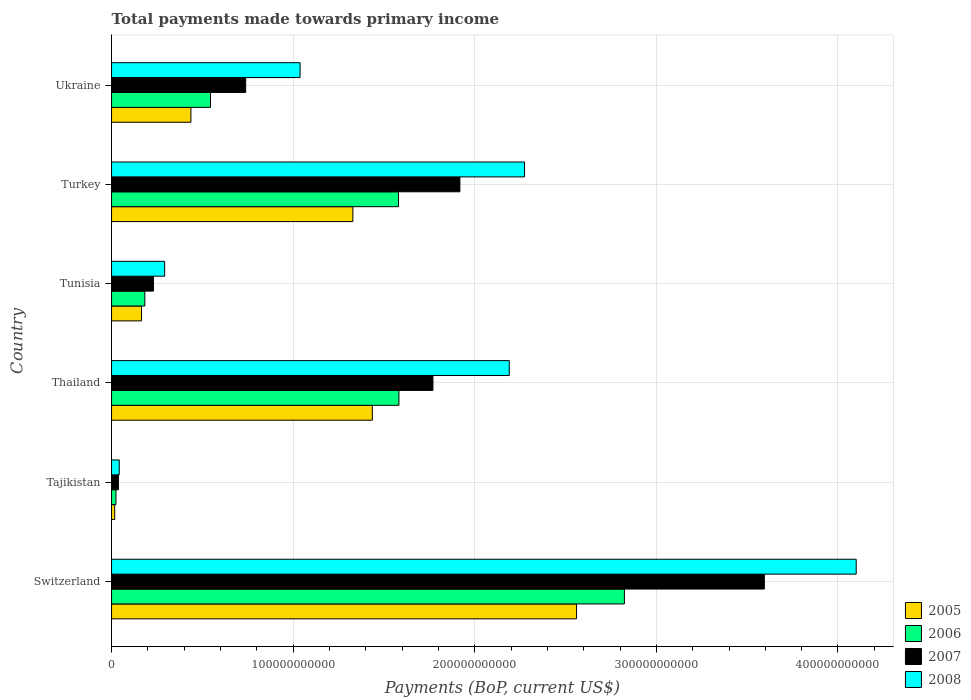
| Country | 2005 | 2006 | 2007 | 2008 |
 | --- | --- | --- | --- | --- |
 | Switzerland | 2.56e+11 | 2.82e+11 | 3.59e+11 | 4.1e+11 |
 | Tajikistan | 1.73e+09 | 2.43e+09 | 3.78e+09 | 4.23e+09 |
 | Thailand | 1.44e+11 | 1.58e+11 | 1.77e+11 | 2.19e+11 |
 | Tunisia | 1.65e+10 | 1.83e+10 | 2.31e+10 | 2.92e+10 |
 | Turkey | 1.33e+11 | 1.58e+11 | 1.92e+11 | 2.27e+11 |
 | Ukraine | 4.37e+10 | 5.45e+10 | 7.39e+10 | 1.04e+11 |